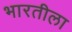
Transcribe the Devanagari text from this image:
भारतीला